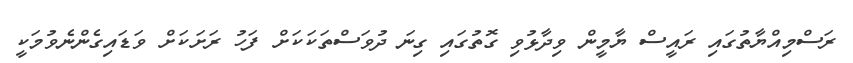
ރަސްމިއްޔާތުގައި ރައީސް ޔާމީން ވިދާޅުވި ގޮތުގައި ގިނަ ދުވަސްތަކަކަށް ފަހު ރަށަކަށް ވަޑައިގެންނެވުމަކީ